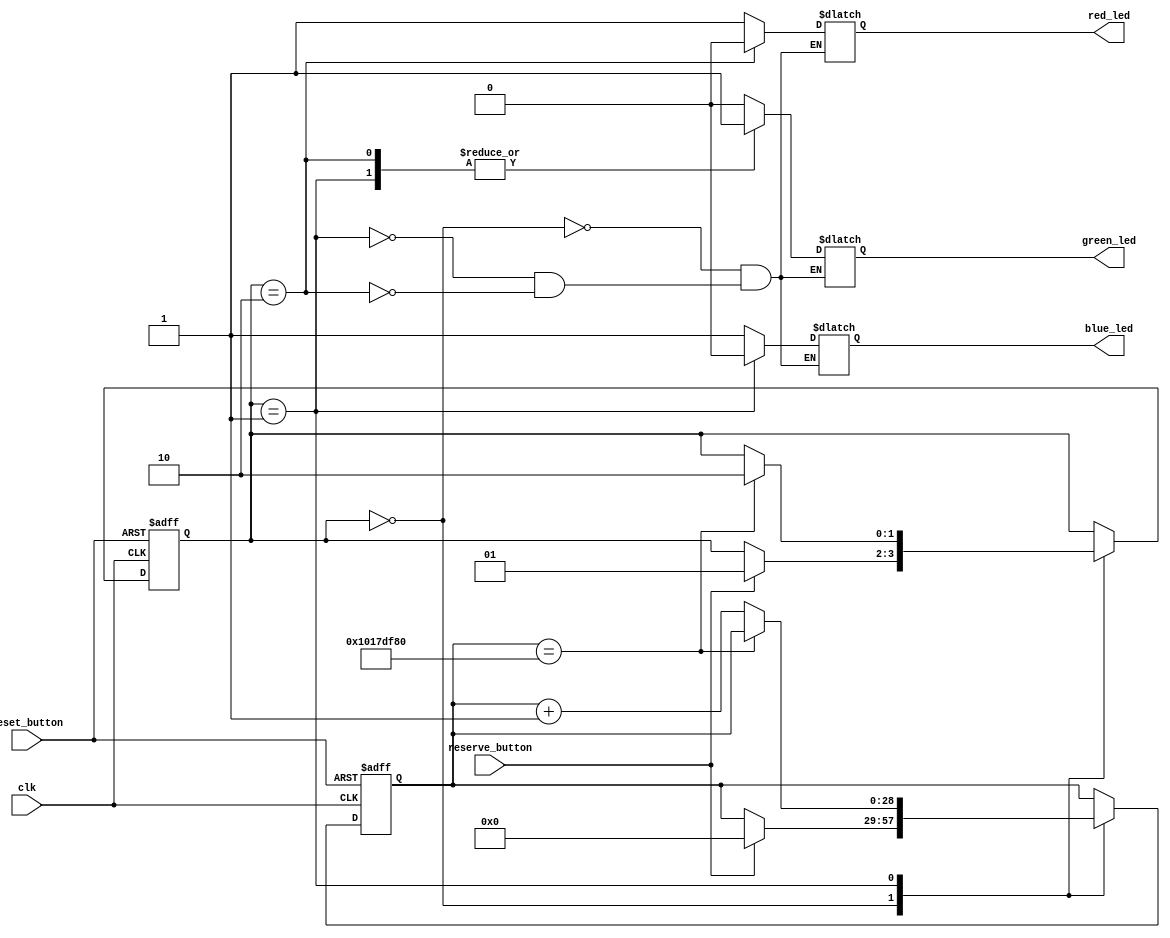
module ParkSystem(
  input clk,
  input reset_button,
  input reserve_button,
  output reg red_led,
  output reg green_led,
  output reg blue_led
);

  reg [1:0] state; // Park sistemi durumunu tutmak iin 2-bitlik bir register
  reg [28:0] count; // 27 MHz clock iin saya

  always @(posedge clk or posedge reset_button) begin
    if (reset_button) begin
      state <= 2'b00; // Reset butonuna basldnda balang durumu bo olacak
      count <= 0; // Reset durumunda saya sfrlanacak
    end else begin
      case (state)
        2'b00: begin // Durum 0 - Park yeri bo
          if (reserve_button) begin
            state <= 2'b01; // Rezerve durumuna gei
            count <= 0; // Rezerve durumuna getiimizde saya sfrlanacak
          end
        end

        2'b01: begin // Durum 1 - Park yeri rezerve edildi
          if (count == 270_000_000) begin // 10 saniye bekleniyor (27 MHz iin)
            state <= 2'b10; // Dolu durumuna gei
          end else begin
            count <= count + 1; // Saya artrlyor
          end
        end

        2'b10: begin // Durum 2 - Park yeri dolu
         
        end
      endcase
    end
  end


  always @(*) begin
    case (state)
      2'b00: begin // Durum 0 - Park yeri bo
        red_led   = 1'b1;
        green_led = 1'b0;
        blue_led  = 1'b1;
      end

      2'b01: begin // Durum 1 - Park yeri rezerve edildi
        red_led   = 1'b1;
        green_led = 1'b1;
        blue_led  = 1'b0;
      end

      2'b10: begin // Durum 2 - Park yeri dolu
        red_led   = 1'b0;
        green_led = 1'b1;
        blue_led  = 1'b1;
      end
    endcase
  end

endmodule